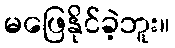
မဖြေနိုင်ခဲ့ဘူး။